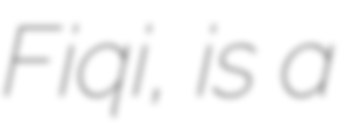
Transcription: Fiqi, is a